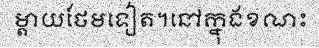
ម្តាយថែមទៀត។នៅក្នុងខណះ